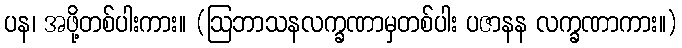
ပန၊ အဖို့တစ်ပါးကား။ (ဩဘာသနလက္ခဏာမှတစ်ပါး ပဇာနန လက္ခဏာကား။)